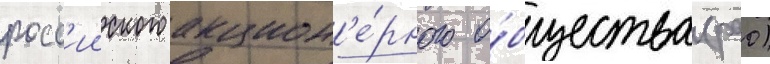
росс'ииского акцион'е́рного о́бщества (рао)